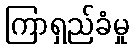
ကြာရှည်ခံမှု